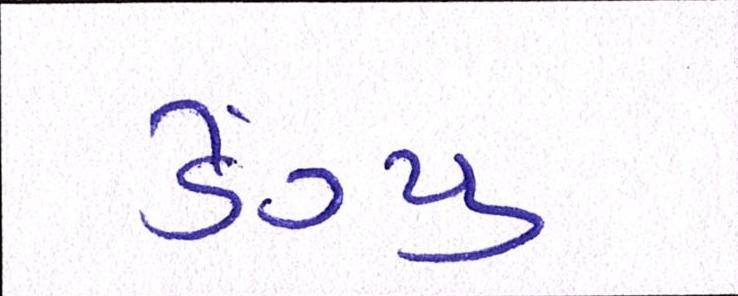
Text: ડેંગ્યુ